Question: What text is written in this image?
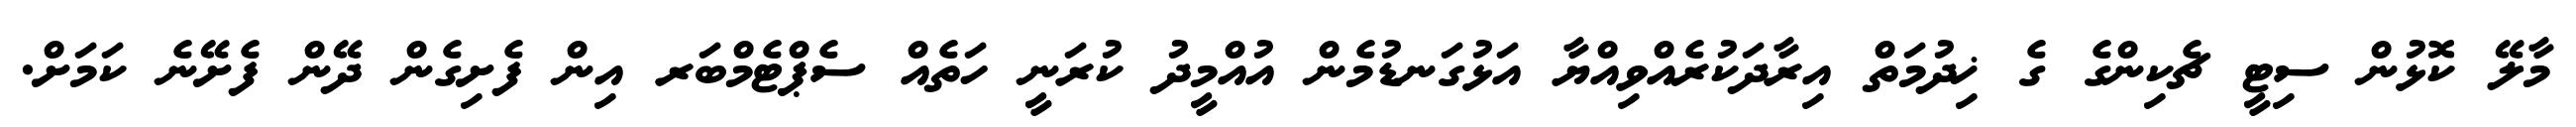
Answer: މާލޭ ކޮޅުން ސިޓީ ޗެކިންގެ ގެ ޚިދުމަތް އިރާދަކުރެއްވިއްޔާ އަޅުގަނޑުމެން އުއްމީދު ކުރަނީ ހަތެއް ސެޕްޓެމްބަރ އިން ފެށިގެން ދޭން ފެށޭނެ ކަމަށް.